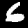
Label: 6